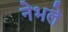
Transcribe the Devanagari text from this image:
नेभले